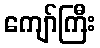
ကျော်ကြီး